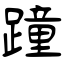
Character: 蹱